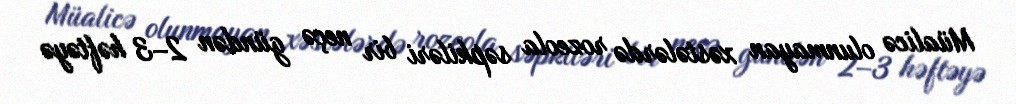
Müalicə olunmayan xəstələrdə rozeola səpkiləri bir neçə gündən 2–3 həftəyə